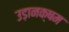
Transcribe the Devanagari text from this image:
उड़ानक्षम